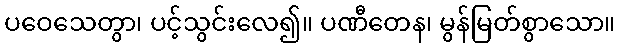
ပဝေသေတွာ၊ ပင့်သွင်းလေ၍။ ပဏီတေန၊ မွန်မြတ်စွာသော။